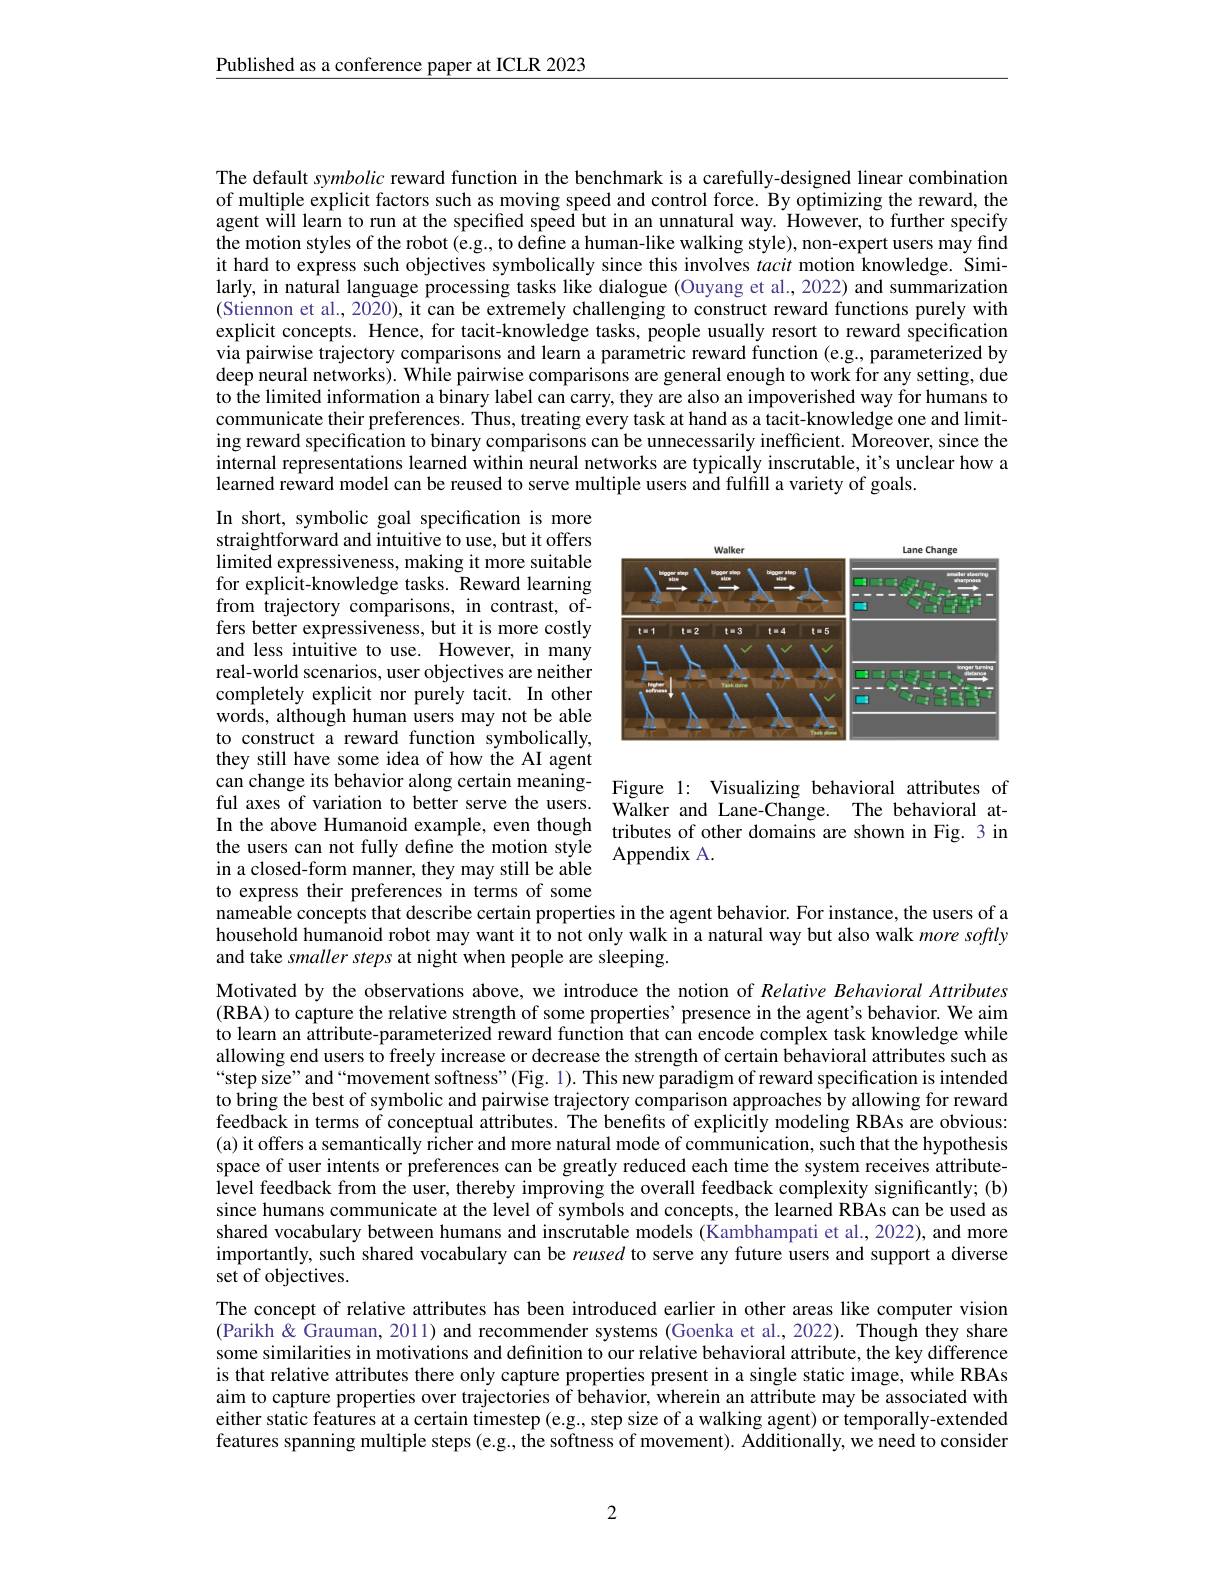
Published as a conference paper at ICLR 2023

The default symbolic reward function in the benchmark is a carefully-designed linear combination of multiple explicit factors such as moving speed and control force. By optimizing the reward, the agent will learn to run at the specified speed but in an unnatural way. However, to further specify the motion styles of the robot (e.g, to define a human-like walking style), non-expert users may find it hard to express such objectives symbolically since this involves tacit motion knowledge. Similarly, in natural language processing tasks like dialogue (Ouyang et al., 2022) and summarization (Stiennon et al., 2020), it can be extremely challenging to construct reward functions purely with explicit concepts. Hence, for tacit-knowledge tasks, people usually resort to reward specification via pairwise trajectory comparisons and learn a parametric reward function (e.g., parameterized by deep neural networks). While pairwise comparisons are general enough to work for any setting, due to the limited information a binary label can carry, they are also an impoverished way for humans to communicate their preferences. Thus, treating every task at hand as a tacit-knowledge one and limiting reward specification to binary comparisons can be unnecessarily inefficient. Moreover, since the internal representations learned within neural networks are typically inscrutable, it's unclear how a learned reward model can be reused to serve multiple users and fulfill a variety of goals.

<FigureHere>

In short, symbolic goal specification is more straightforward and intuitive to use, but it offers limited expressiveness, making it more suitable for explicit-knowledge tasks. Reward learning from trajectory comparisons, in contrast, offers better expressiveness, but it is more costly and less intuitive to use. However, in many real-world scenarios, user objectives are neither completely explicit nor purely tacit. In other words, although human users may not be able to construct a reward function symbolically, they still have some idea of how the AI agent can change its behavior along certain meaning- Figure l: Visualizing behavioral attributes of ful axes of variation to better serve the users. Walker and Lane-Change. The behavioral atIn the above Humanoid example, even though tributes of other domains are shown in Fig. 3 in the users can not fully define the motion style Appendix A.
in a closed-form manner, they may still be able to express their preferences in terms of some nameable concepts that describe certain properties in the agent behavior. For instance, the users of a

household humanoid robot may want it to not only walk in a natural way but also walk more softly
and take smaller steps at night when people are sleeping.

Motivated by the observations above, we introduce the notion of Relative Behavioral Attributes (RBA) to capture the relative strength of some properties' presence in the agent's behavior. We aim to learn an attribute-parameterized reward function that can encode complex task knowledge while allowing end users to freely increase or decrease the strength of certain behavioral attributes such as “step size”and“movement softness"(Fig. 1). This new paradigm of reward specification is intended to bring the best of symbolic and pairwise trajectory comparison approaches by allowing for reward feedback in terms of conceptual attributes. The benefits of explicitly modeling RBAs are obvious: (a) it offers a semantically richer and more natural mode of communication, such that the hypothesis space of user intents or preferences can be greatly reduced each time the system receives attributelevel feedback from the user, thereby improving the overall feedback complexity significantly; (b) since humans communicate at the level of symbols and concepts, the learned RBAs can be used as shared vocabulary between humans and inscrutable models ($\hat{\text{Kambhampatietal,2022),and more}}$ importantly, such shared vocabulary can be reused to serve any future users and support a diverse set of objectives.
The concept of relative attributes has been introduced earlier in other areas like computer vision $(\dot{\text{Parikh}\&}$ Grauman, 2011) and recommender systems (Goenka et al., 2022). Though they share some similarities in motivations and definition to our relative behavioral attribute, the key difference is that relative attributes there only capture properties present in a single static image, while RBAs aim to capture properties over trajectories of behavior, wherein an attribute may be associated with either static features at a certain timestep (e.g., step size of a walking agent) or temporally-extended features spanning multiple steps (e.g., the softness of movement). Additionally, we need to consider

2